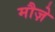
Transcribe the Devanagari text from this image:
मौज़े